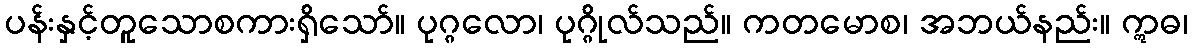
ပန်းနှင့်တူသောစကားရှိသော်။ ပုဂ္ဂလော၊ ပုဂ္ဂိုလ်သည်။ ကတမောစ၊ အဘယ်နည်း။ ဣဓ၊